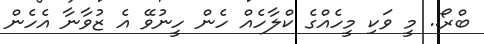
ބްރޯ.. މީ ވަކި މީހެއްގެ ކްލާހެއް ހެން ހީނުވޭ އެ ޒުވާނާ އެހެން